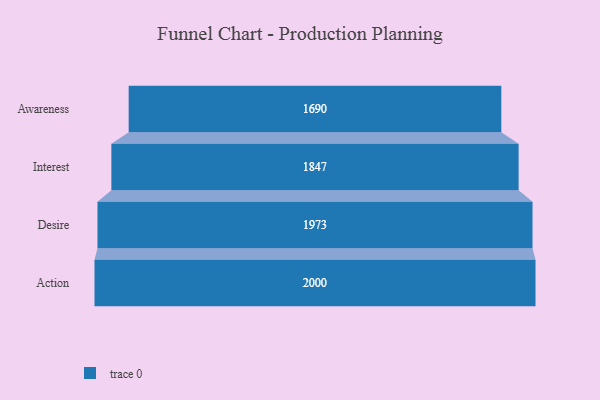
{"axis": {"x": "Stage", "y": "Value"}, "legend": [""], "data": [{"x": "Awareness", "y": 1690.0, "type": ""}, {"x": "Interest", "y": 1847.0, "type": ""}, {"x": "Desire", "y": 1973.0, "type": ""}, {"x": "Action", "y": 2000, "type": ""}]}